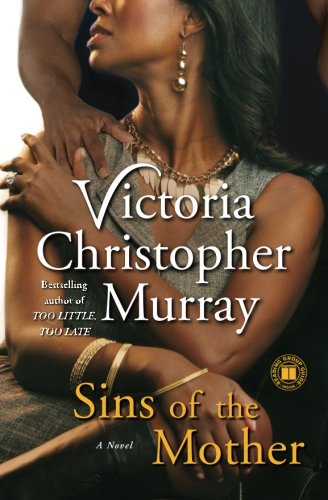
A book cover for Sins of the Mother: A Novel; Victoria Christopher Murray; Literature & Fiction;